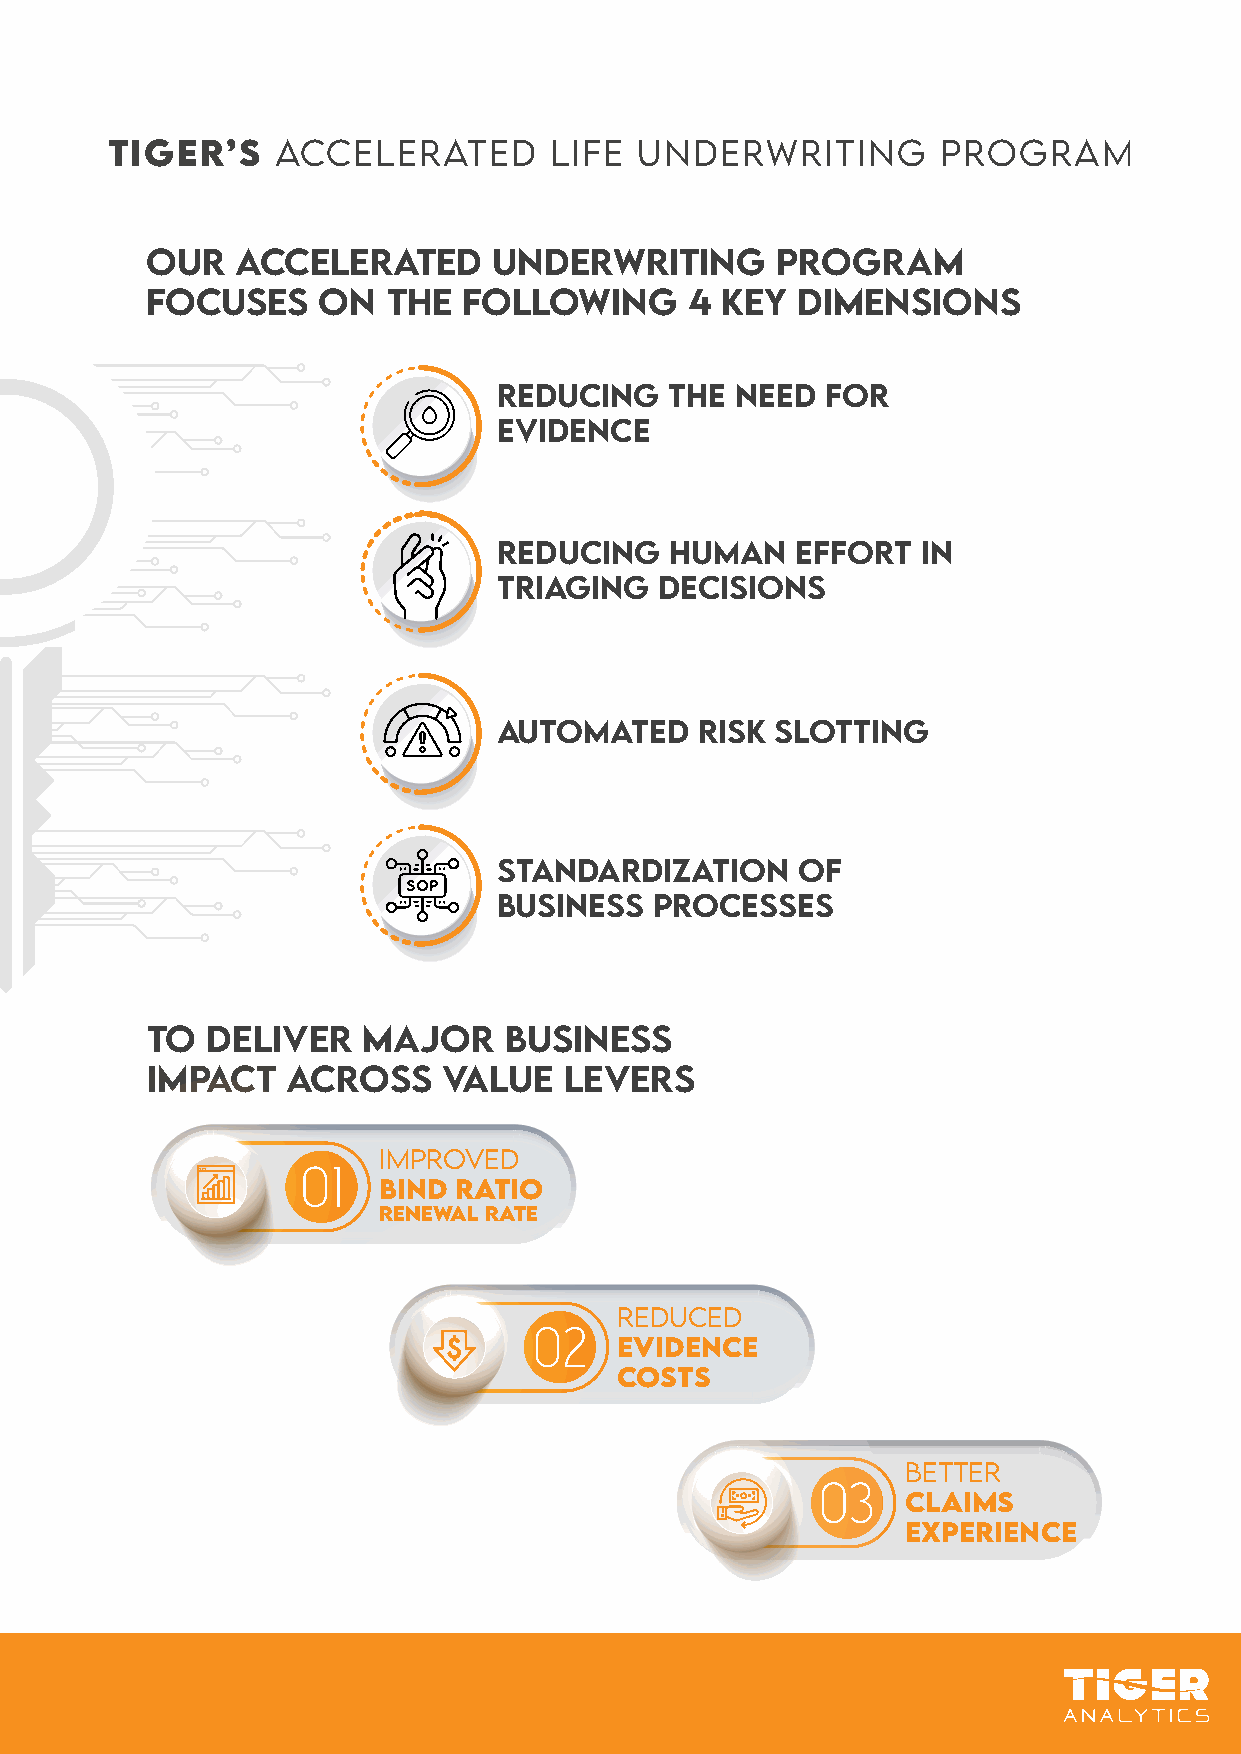
TiGER’S    ACCELERATED       LiFE  UNDERWRiTiNG        PROGRAM
 OUR   ACCELERATED      UNDERWRiTiNG      PROGRAM
 FOCUSES    ON   THE  FOLLOWiNG      4 KEY  DiMENSiONS
 REDUCiNG   THE  NEED  FOR
 EViDENCE
 REDUCiNG   HUMAN    EFFORT  iN
 TRiAGiNG   DECiSiONS
 AUTOMATED    RiSK SLOTTiNG
 STANDARDiZATiON     OF
 BUSiNESS  PROCESSES
 TO  DELiVER   MAJOR    BUSiNESS
 iMPACT   ACROSS    VALUE   LEVERS
 IMPROVED
 BiND RATiO
 RENEWAL RATE
 REDUCED
 EViDENCE
 COSTS
 BETTER
 CLAiMS
 EXPERiENCE